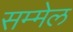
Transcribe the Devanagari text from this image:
सम्मेल